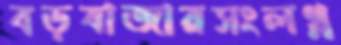
বড়বাজারসংলগ্ন